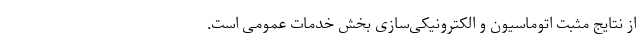
از نتایج مثبتِ اتوماسیون و الکترونیکی‌سازیِ بخش خدماتِ عمومی است.